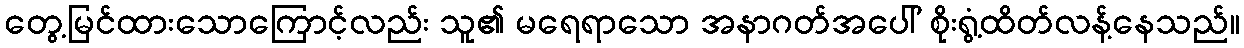
တွေ့မြင်ထားသောကြောင့်လည်း သူ၏ မရေရာသော အနာဂတ်အပေါ် စိုးရွံ့ထိတ်လန့်နေသည်။